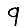
Digit: 9